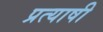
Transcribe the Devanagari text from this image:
प्रत्याषी